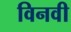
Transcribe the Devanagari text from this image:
विनवी